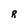
Character: R